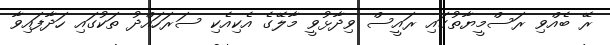
ރޭ ބެއްވި ރަސްމީޔާތުގައި ރައީސް ވިދާޅުވީ މާލޭގެ އެކިއެކި ސަރަހައްދު ތަކުގައި ހަދާފައިވާ